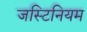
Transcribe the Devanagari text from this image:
जस्टिनियम